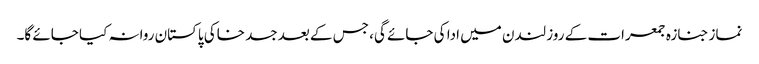
نماز جنازہ جمعرات کے روز لندن میں ادا کی جائے گی، جس کے بعد جسد خاکی پاکستان روانہ کیا جائے گا۔